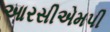
આરસીએમપી